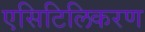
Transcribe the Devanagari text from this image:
एसिटिलिकरण